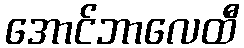
အောင်ဘာလေထီ